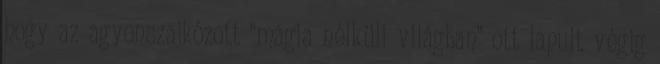
hogy az agyonszajkózott “mágia nélküli világban” ott lapult végig